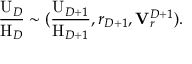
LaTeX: \frac { \mathrm { U } _ { D } } { \mathrm { H } _ { D } } \sim ( \frac { \mathrm { U } _ { D + 1 } } { \mathrm { H } _ { D + 1 } } , r _ { D + 1 } , { \bf V } _ { r } ^ { D + 1 } ) .